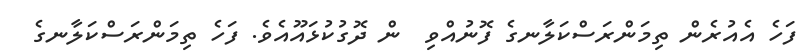
ފަހެ އެއުރެން ތިމަންރަސްކަލާނގެ ފޮނުއްވި  ން ދޮގުކުޅައޫއެވެ. ފަހެ ތިމަންރަސްކަލާނގެ